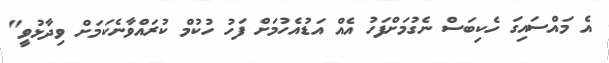
އެ މައްސައިގަ ހެކިބަސް ނެގުމަށްފަހު އެއް އަޑުއެހުމަށް ފަހު ހުކުމް ކުރައްވާނެކަމަށް ވިދާޅުވީ"